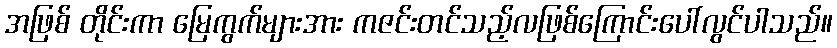
အဖြစ် တိုင်းကာ မြေကွက်များအား ကဇင်းတင်သည့်လဖြစ်ကြောင်းပေါ်လွင်ပါသည်။